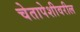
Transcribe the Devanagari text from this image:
चेतापेशीवरील